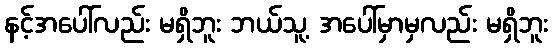
နင့်အပေါ်လည်း မရှိဘူး ဘယ်သူ့ အပေါ်မှာမှလည်း မရှိဘူး